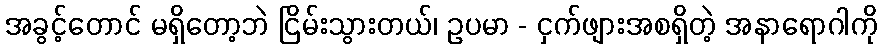
အခွင့်တောင် မရှိတော့ဘဲ ငြိမ်းသွားတယ်၊ ဥပမာ - ငှက်ဖျားအစရှိတဲ့ အနာရောဂါကို